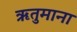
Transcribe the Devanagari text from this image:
ऋतुमाना